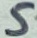
Text: 5